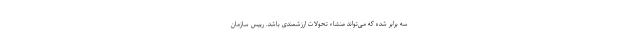
سه برابر شده که می‌تواند منشاء تحولات ارزشمندی باشد. رییس سازمان